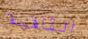
القافية